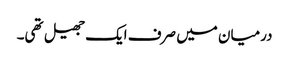
درمیان میں صرف ایک جھیل تھی۔